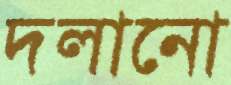
দলানো